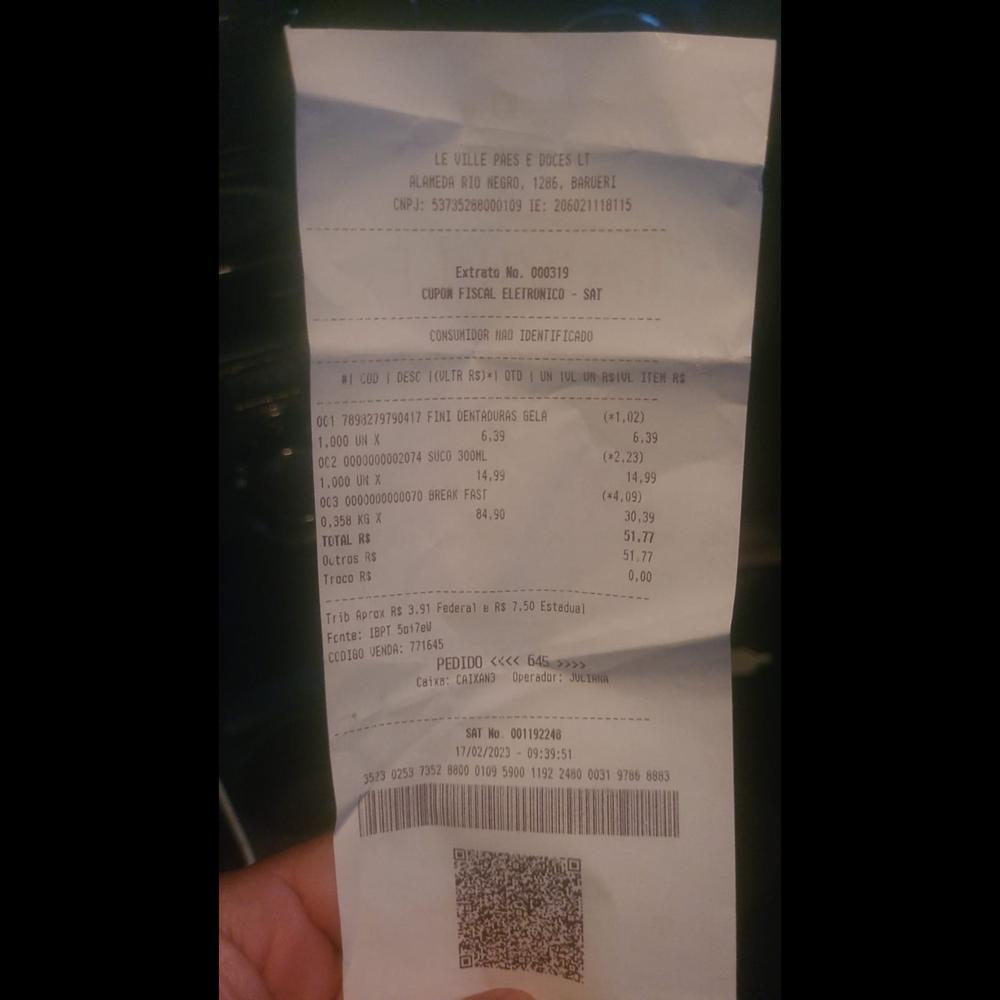
LE VILLE PAES E DOCES LT ALAMEDA RIO NEGRO, 1286, BARUERI CNPJ: 53735268000109 TE: 206021118115 Extrato No. 000319 CUPON FISCAL ELETRONICO SAT CONSUMIDOR HAD IDENTIFICADO SICOD I DESC I(ULTR RS)1 OTO UN TUL Un RSIUL ITEN RS 001 7898279790417 FINI DENTADURAS GELA 1.000 UN X 002 0000000002074 SUCO 300ML 1.000 UN X 003 0000000000070 BREAK FAST 0,358 KGX TOTAL RS Outros RS Troco RS (1.02) 6.39 (2.23) 14.99 (*4,09) 30.39 51.77 51.77 0,00 6.39 14,99 84.90 Trib Aprox RS 3.91 Federal B RS 7.50 Estadual Fonte: IBPT 5017eu CODI60 VENDA: 771645 PEDIDO <<< 6459>>> Caixa: CAIXAN3 Operador: JULIRNA SAT Mo. 001192248 17/02/2023 09:39:51 3523 0253 7352 8800 0109 5900 1192: 2480 00319786 8883